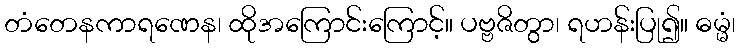
တံတေနကာရဏေန၊ ထိုအကြောင်းကြောင့်။ ပဗ္ဗဇိတွာ၊ ရဟန်းပြု၍။ ဓမ္မံ၊